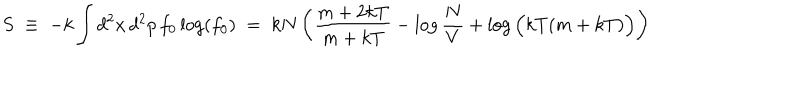
LaTeX: S \; \equiv \; - k \int d ^ { 2 } x \, d ^ { 2 } p \, f _ { 0 } \log ( f _ { 0 } ) \; = \; k N \left( \frac { m + 2 k T } { m + k T } - \log \frac { N } { V } + \log \Big ( k T ( m + k T ) \Big ) \right)